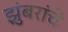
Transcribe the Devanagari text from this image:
झुंबरांचे